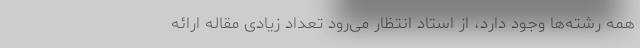
همه رشته‌ها وجود دارد، از استاد انتظار می‌رود تعداد زیادی مقاله ارائه